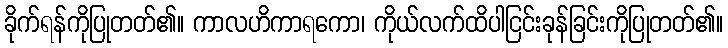
ခိုက်ရန်ကိုပြုတတ်၏။ ကာလဟိကာရကော၊ ကိုယ်လက်ထိပါငြင်းခုန်ခြင်းကိုပြုတတ်၏။